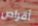
أقراص